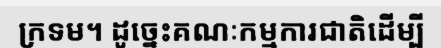
ក្រទម។ ដូច្នេះគណៈកម្មការជាតិដើម្បី